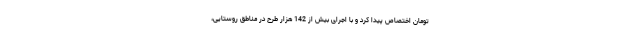
تومان اختصاص پیدا کرد و با اجرای بیش از 142 هزار طرح در مناطق روستایی،